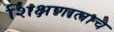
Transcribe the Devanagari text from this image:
शिक्षणालाच